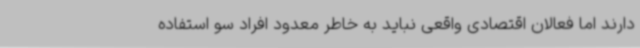
دارند اما فعالان اقتصادی واقعی نباید به خاطر معدود افراد سو استفاده